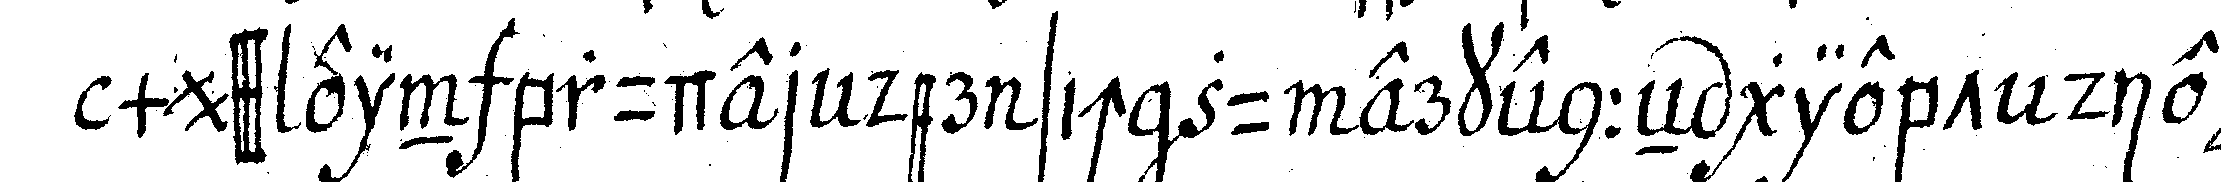
muss ein bruder der sich zu erkenneN giebt die